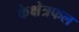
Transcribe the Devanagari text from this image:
केक्षेत्रफल